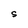
Character: S